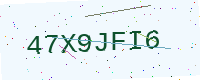
Text: 47X9JFI6